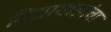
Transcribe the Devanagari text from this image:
विद्याशाखांचा